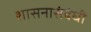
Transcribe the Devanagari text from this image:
शासनासंबंधी